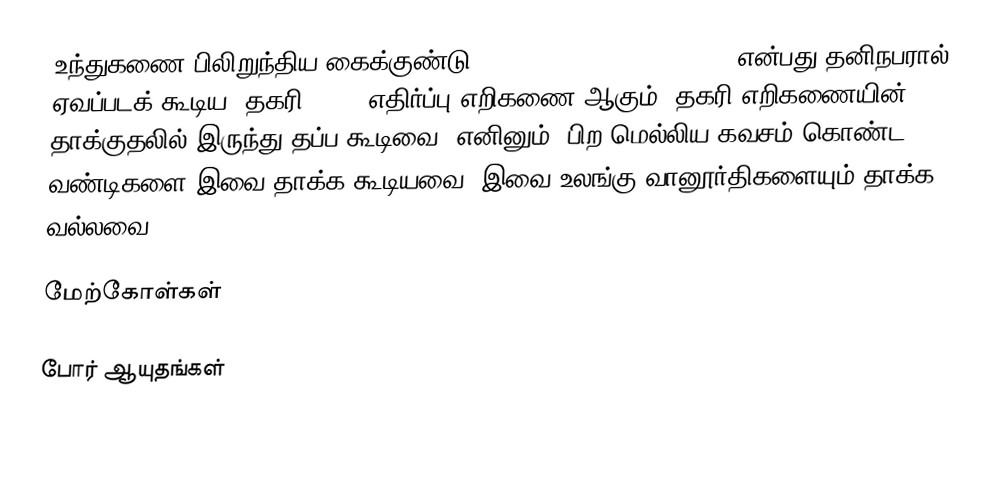
உந்துகணை பிலிறுந்திய கைக்குண்டு (Rocket-propelled grenade) என்பது தனிநபரால் ஏவப்படக் கூடிய, தகரி(tank) எதிர்ப்பு எறிகணை ஆகும். தகரி எறிகணையின் தாக்குதலில் இருந்து தப்ப கூடிவை. எனினும், பிற மெல்லிய கவசம் கொண்ட வண்டிகளை இவை தாக்க கூடியவை. இவை உலங்கு வானூர்திகளையும் தாக்க வல்லவை.

மேற்கோள்கள்

போர் ஆயுதங்கள்